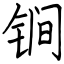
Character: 锏